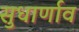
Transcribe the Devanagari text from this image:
सुधार्णाव